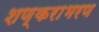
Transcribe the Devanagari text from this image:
शण्कराभरण